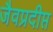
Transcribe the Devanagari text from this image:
जैवप्रदीप्त